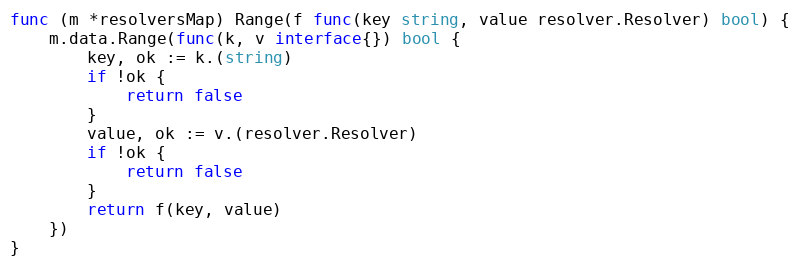
Language: Go
func (m *resolversMap) Range(f func(key string, value resolver.Resolver) bool) {
	m.data.Range(func(k, v interface{}) bool {
		key, ok := k.(string)
		if !ok {
			return false
		}
		value, ok := v.(resolver.Resolver)
		if !ok {
			return false
		}
		return f(key, value)
	})
}